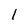
Character: 1